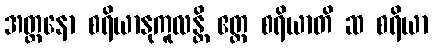
အတ္တနော စရိယာနုကူလန္တိ ဧတ္ထ စရိယာတိ ဆ စရိယာ